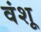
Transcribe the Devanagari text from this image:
वंशू